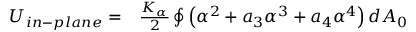
\begin{array} { r l } { U _ { i n - p l a n e } = } & { { } \frac { K _ { \alpha } } { 2 } \oint { \left( \alpha ^ { 2 } + a _ { 3 } \alpha ^ { 3 } + a _ { 4 } \alpha ^ { 4 } \right) d A _ { 0 } } } \end{array}